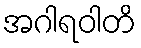
အဂါရဝါတိ